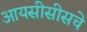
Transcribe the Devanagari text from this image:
आयसीसीसचे